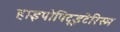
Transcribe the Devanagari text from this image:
हाइपोपिटूइटेरिस्म